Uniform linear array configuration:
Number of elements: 64
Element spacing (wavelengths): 1
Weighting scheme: binomial
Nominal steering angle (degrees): -45
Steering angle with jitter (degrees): -46.717
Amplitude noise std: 0.05
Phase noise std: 0.05

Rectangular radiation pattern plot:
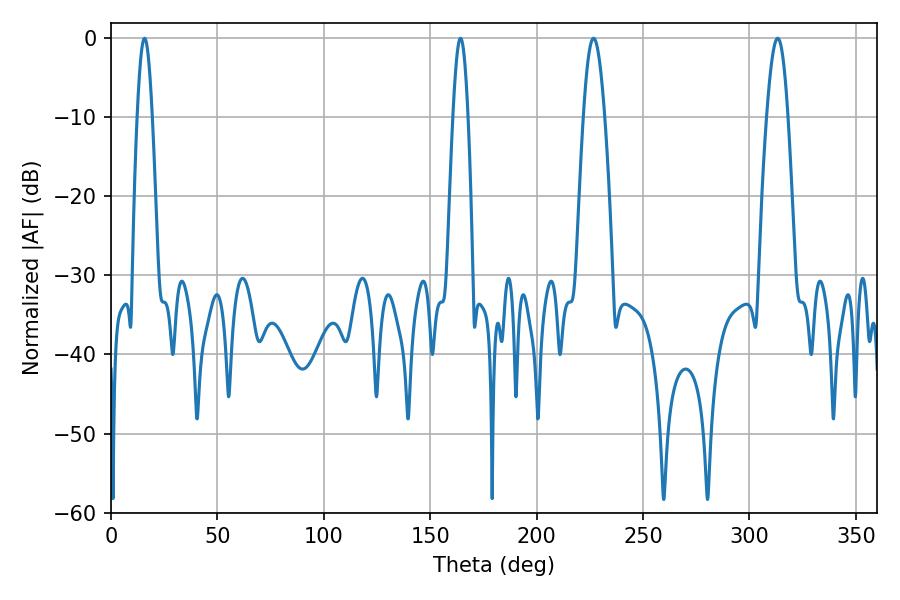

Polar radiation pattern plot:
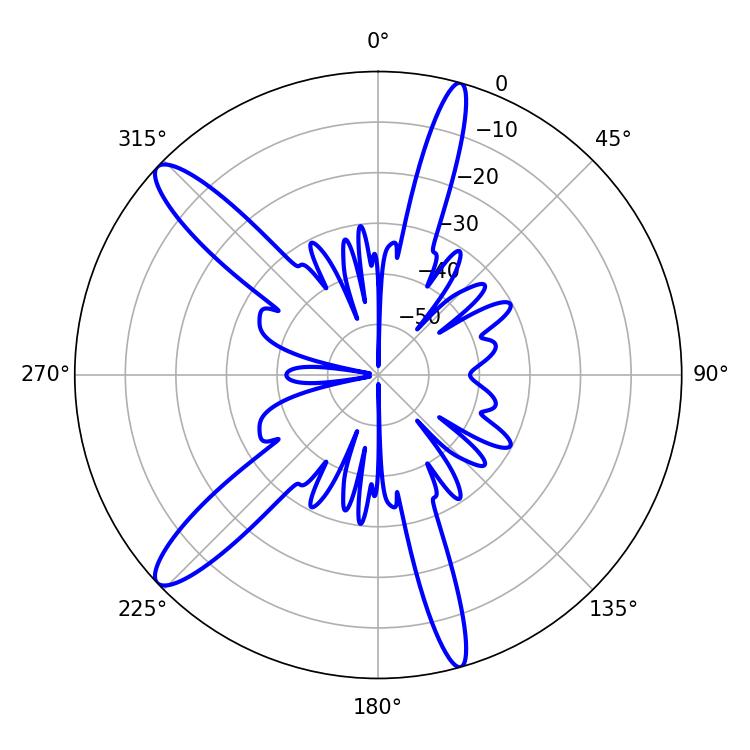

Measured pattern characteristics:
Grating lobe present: TRUE
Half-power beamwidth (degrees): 5.4
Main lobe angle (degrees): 226.8